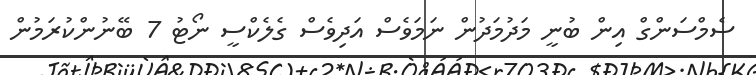
ސެމްސަންގް އިން ބުނީ މަދުމަދުން ނަމަވެސް އަދިވެސް ގެލެކްސީ ނޯޓު 7 ބޭނުންކުރަމުން